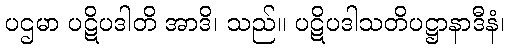
ပဌမာ ပဋိပဒါတိ အာဒိ၊ သည်။ ပဋိပဒါသတိပဋ္ဌာနာဒီနံ၊